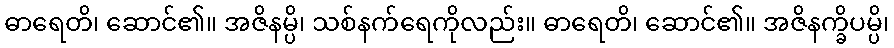
ဓာရေတိ၊ ဆောင်၏။ အဇိနမ္ပိ၊ သစ်နက်ရေကိုလည်း။ ဓာရေတိ၊ ဆောင်၏။ အဇိနက္ခိပမ္ပိ၊